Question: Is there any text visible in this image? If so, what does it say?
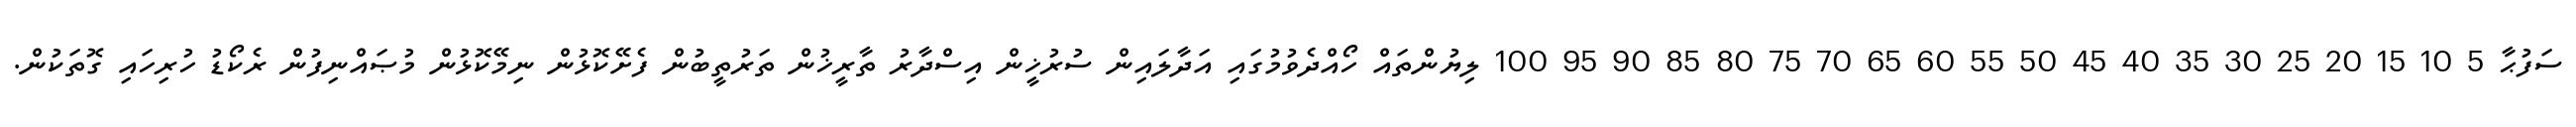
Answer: ސަފުޙާ 5 10 15 20 25 30 35 40 45 50 55 60 65 70 75 80 85 90 95 100 ލިޔުންތައް ހޯއްދެވުމުގައި އަދާލައިން ސުރުޚީން އިސްދާރު ތާރީޚުން ތަރުތީބުން ފެށޭކޮޅުން ނިމޭކޮޅުން މުޞައްނިފުން ރެކޯޑު ހުރިހައި ގޮތަކުން.